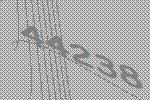
44238